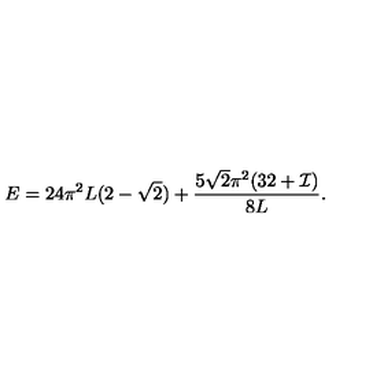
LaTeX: E = 2 4 \pi ^ { 2 } L ( 2 - \sqrt { 2 } ) + \frac { 5 \sqrt { 2 } \pi ^ { 2 } ( 3 2 + { \cal I } ) } { 8 L } .